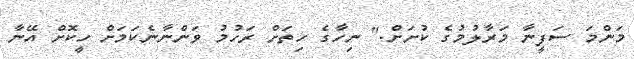
މަންމަ ސަފީނާ މަރާލުމުގެ ކުށަށް." ނިހާގެ ހިތަށް ރަހުމު ވަންނާނެކަމަށް ހީކޮށް އޭނާ